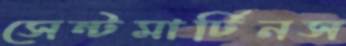
সেন্টমার্টিনস